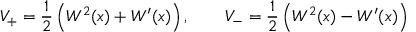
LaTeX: V _ { + } = { \frac { 1 } { 2 } } \left( W ^ { 2 } ( x ) + W ^ { \prime } ( x ) \right) , \qquad V _ { - } = { \frac { 1 } { 2 } } \left( W ^ { 2 } ( x ) - W ^ { \prime } ( x ) \right)